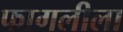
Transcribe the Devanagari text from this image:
फागलीला